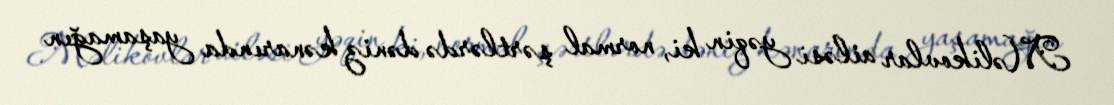
Məlikovlar ailəsi yəqin ki, normal şərtlərdə dəniz kənarında yaşamağın